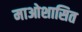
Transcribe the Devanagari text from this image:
माओशासित